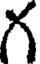
గ